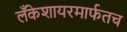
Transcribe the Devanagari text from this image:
लँकेशायरमार्फतच